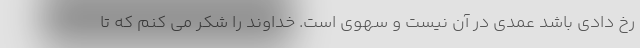
رخ دادی باشد عمدی در آن نیست و سهوی است. خداوند را شکر می کنم که تا